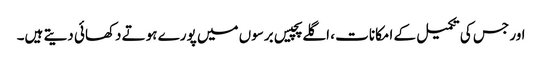
اور جس کی تکمیل کے امکانات ، اگلے پچیس برسوں میں پورے ہوتے دکھائی دیتے ہیں۔